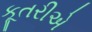
કૂતરીએ